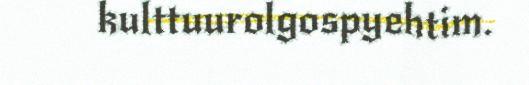
kulttuurolgospyehtim.